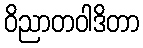
ဝိညာတဝါဒိတာ